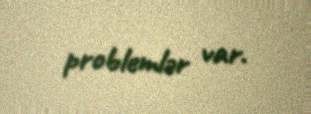
problemlər var.